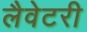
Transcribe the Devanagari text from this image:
लैवेटरी